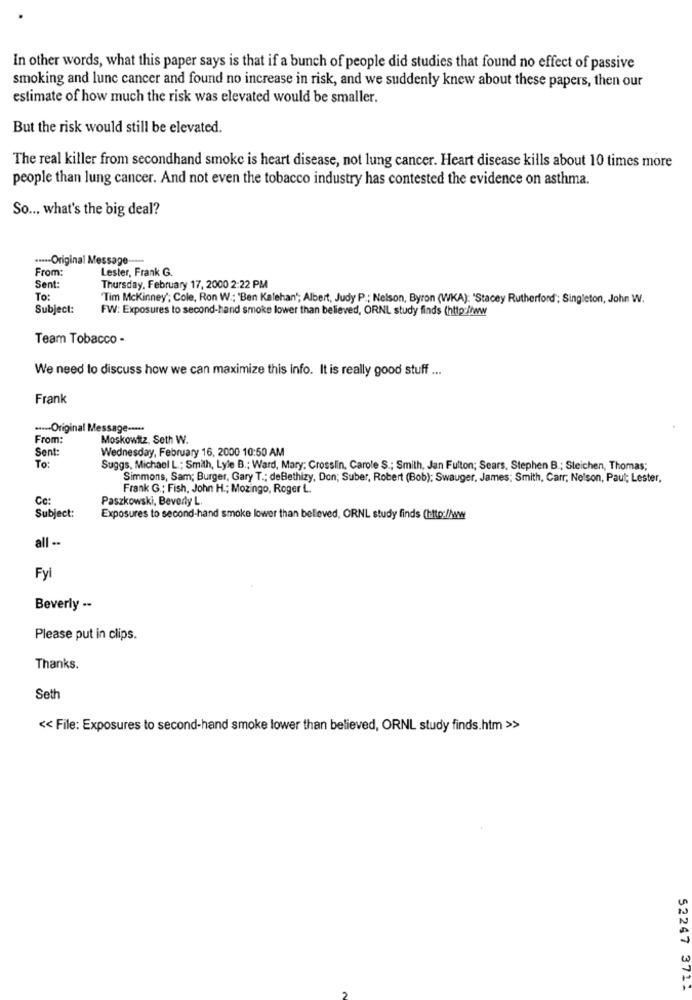
In other words, what this paper says is that if a bunch of people did studies that found no effect of passive
smoking and lunc cancer and found no increase in risk, and we suddenly knew about these papers, then our
estimate of how much the risk was elevated would be smaller.
But the risk would still be elevated.
The real killer from secondhand smoke is heart disease, not lung cancer. Heart disease kills about 10 times more
people than lung cancer. And not even the tobacco industry has contested the evidence on asthma.
So ... what's the big deal?
....- Original Message -----
From:
Lester, Frank G.
Sent:
Thursday, February 17, 2000 2:22 PM
To:
Tim Mckinney'; Cole, Ron W .; "Ben Kalehan'; Albert, Judy P .; Nelson, Byron (WKA): "Stacey Rutherford"; Singleton, John W.
Subject:
FW: Exposures to second-hand smoke lower than believed, ORNL study finds (http://ww
Team Tobacco -
We need to discuss how we can maximize this info. It is really good stuff ...
Frank
----- Original Message -****
From:
Moskowitz, Seth W.
Sent:
Wednesday, February 16, 2000 10:50 AM
To:
Suggs, Michael L .; Smith, Lyle B .: Ward, Mary: Crosslin, Carole S .; Smith, Jan Fulton; Sears, Stephen B .; Steichen, Thomas;
Simmons, Sam; Burger, Gary T .; deBethizy, Don; Suber, Robert (Bob); Swauger, James; Smith, Carr, Nelson, Paul; Lester,
Frank G .; Fish, John H .; Mozingo, Roger L.
Co:
Paszkowski, Bevedy L.
Subject:
Exposures to second-hand smoke lower than believed, ORNL study finds (http://www
all --
Fyi
Beverly ..
Please put in clips.
Thanks.
Seth
<< File: Exposures to second-hand smoke lower than believed, ORNL study finds.htm >>
52247 371*